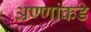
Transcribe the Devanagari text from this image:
अण्णांकडे